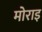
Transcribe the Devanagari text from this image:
मोराइ